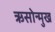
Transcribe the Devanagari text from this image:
ऋसोन्मुख